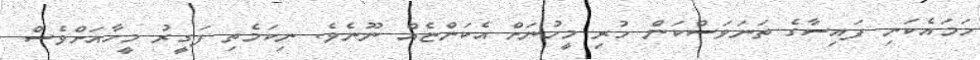
ހަމައެކަނި ފައިސާގެ ތަނަވަސްކަން ހުރި މީހުނަށް އެކަންޏެއް ނޫނެވެ. ނިކަމެތި ފަގީރު މީހާއަށްވެސް